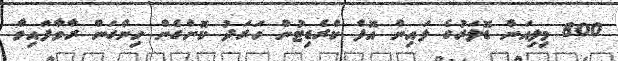
800 މިލިއަން ޑޮލަރުގެ ލައިން އޮފް ކްރެޑިޓުން ހަރަދު ކޮށްގެން ހިންގަން ރާވާފައިވާ